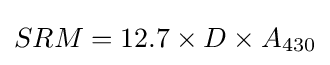
SRM=12.7\times D\times A_{430}